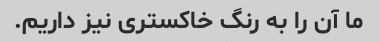
ما آن را به رنگ خاکستری نیز داریم.